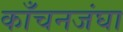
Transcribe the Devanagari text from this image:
काँचनजंघा